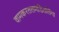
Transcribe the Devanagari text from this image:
वामकरतलमंडितलिंगा